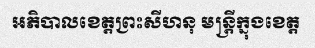
អភិបាលខេត្តព្រះសីហនុ មន្ត្រីក្នុងខេត្ត